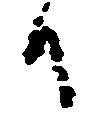
日